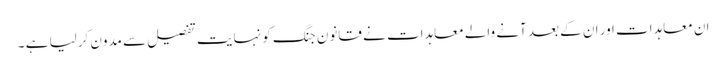
ان معاہدات اور ان کے بعد آنے والے معاہدات نے قانونِ جنگ کو نہایت تفصیل سے مدون کرلیا ہے ۔